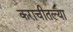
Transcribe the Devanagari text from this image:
कराचीतल्या